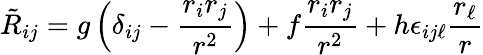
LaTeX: \tilde{R}_{ij}=g\left({\delta_{ij}-\frac{r_{i}r_{j}}{r^{2}}}\right)+f\frac{r_{i}r_{j}}{r^{2}}+h\epsilon_{ij\ell}\frac{r_{\ell}}{r}